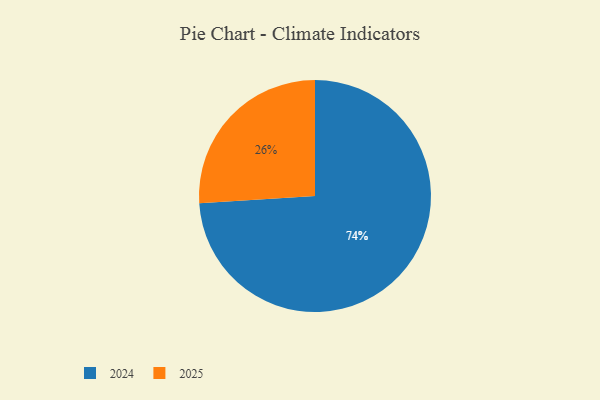
{"axis": {"x": "Category", "y": "Percentage"}, "legend": ["2024", "2025"], "data": [{"x": "2025", "y": 26, "type": "2025"}, {"x": "2024", "y": 74, "type": "2024"}]}